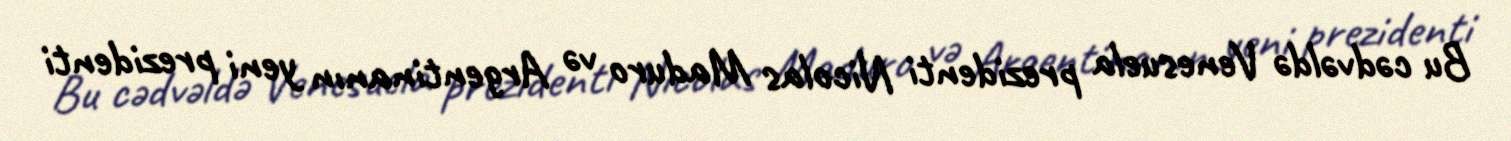
Bu cədvəldə Venesuela prezidenti Nicolas Maduro və Argentinanın yeni prezidenti